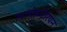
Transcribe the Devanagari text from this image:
त्यांचेहन्टेरियन